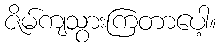
ဇိမ်ကျသွားကြတာပေါ့။